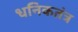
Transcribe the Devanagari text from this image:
धनिकतंत्र